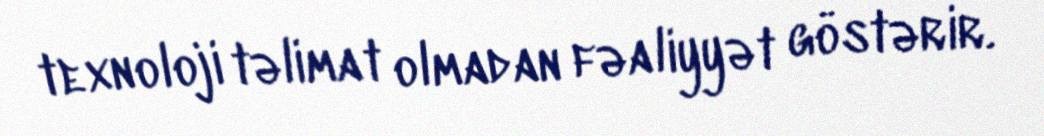
texnoloji təlimat olmadan fəaliyyət göstərir.